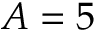
A = 5